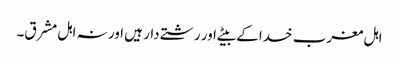
اہل مغرب خدا کے بیٹے اور رشتے دار ہیں اور نہ اہل مشرق۔